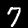
Digit: 7